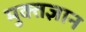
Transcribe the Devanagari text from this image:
मुक्तज्ञान